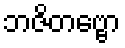
ဘဇိတဗ္ဗော